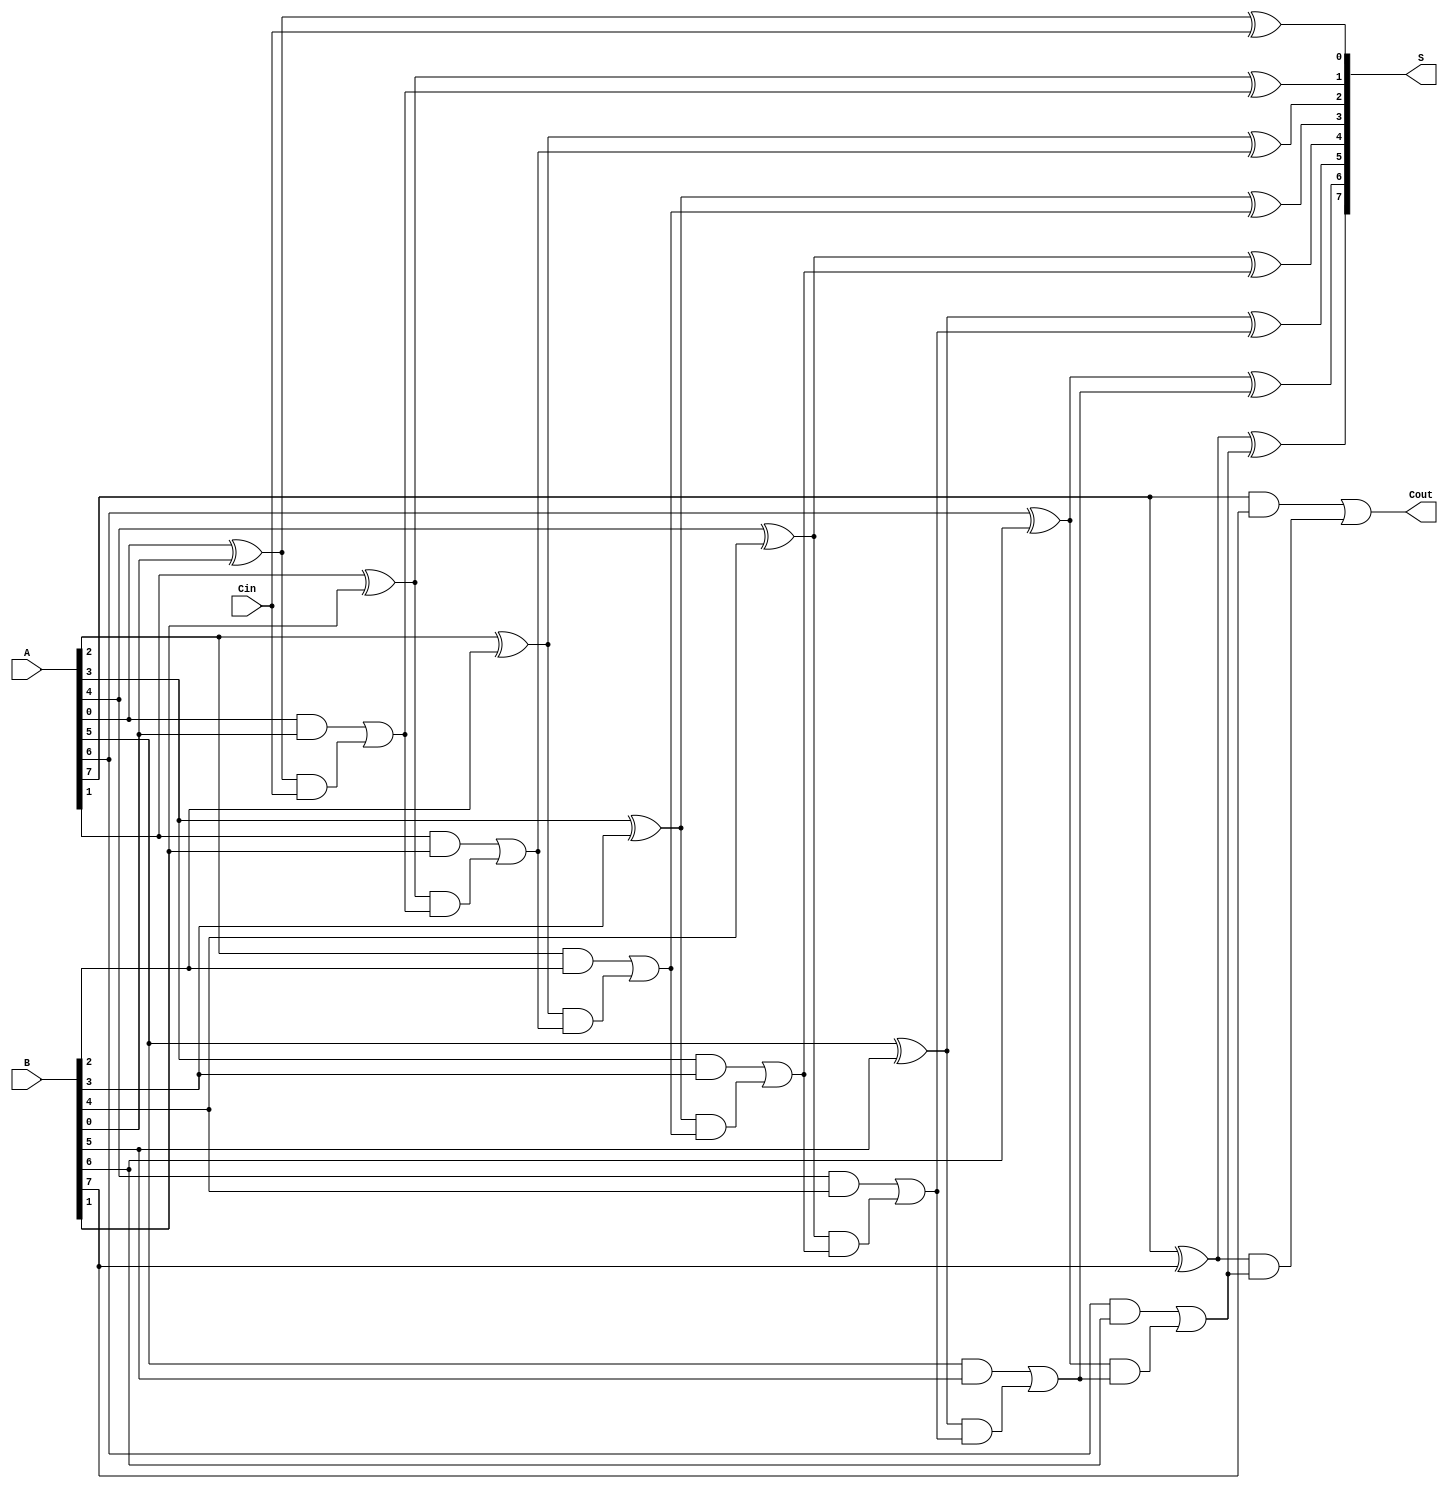
module ManchesterCarryChainAdder #(
    parameter N = 8  // Width of the adder (number of bits)
)(
    input [N-1:0] A,       // First n-bit input
    input [N-1:0] B,       // Second n-bit input
    input Cin,             // Carry-in
    output [N-1:0] S,      // n-bit sum output
    output Cout            // Carry-out
);

    // Internal carry signals
    wire [N:0] carry;      // Carry array; carry[N] is the output carry

    // Assign the initial carry-in
    assign carry[0] = Cin;

    // Generate sum and carry signals
    genvar i;
    generate
        for (i = 0; i < N; i = i + 1) begin : full_adder
            // Sum calculation
            assign S[i] = A[i] ^ B[i] ^ carry[i];

            // Carry generation
            assign carry[i+1] = (A[i] & B[i]) | ((A[i] ^ B[i]) & carry[i]);
        end
    endgenerate

    // Final carry-out
    assign Cout = carry[N];

endmodule